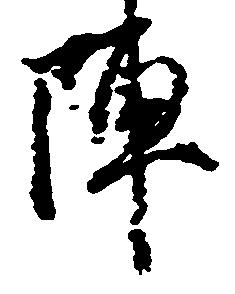
陣